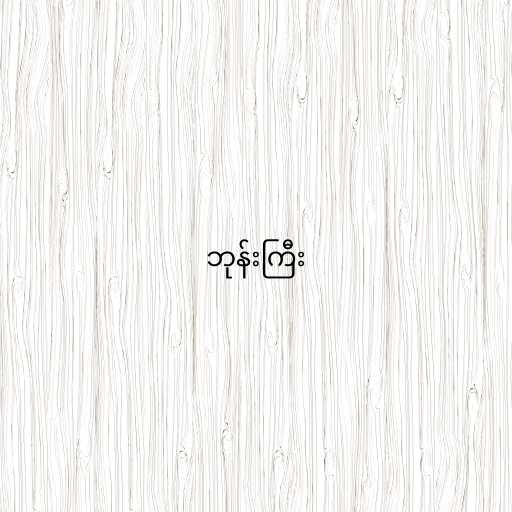
ဘုန်းကြီး